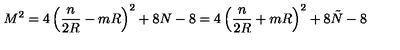
M ^ { 2 } = 4 \left( \frac { n } { 2 R } - m R \right) ^ { 2 } + 8 N - 8 = 4 \left( \frac { n } { 2 R } + m R \right) ^ { 2 } + 8 \tilde { N } - 8